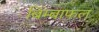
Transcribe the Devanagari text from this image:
बिम्बाफल